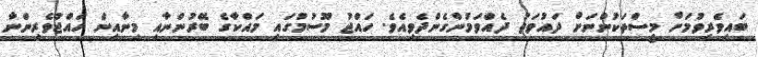
ބައިވެރިވުމަށް މީސްތަކުންނަށް ދައުވަތު ދެއްވަމުންގެންދެވިއެވެ. ހައްޖު މޫސުމުގައި މައްކާގެ ބޭރުންނާއި މިނާއިން ހައްޖުވެރިންނާ